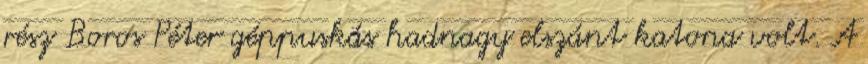
rész Boros Péter géppuskás hadnagy elszánt katona volt. A